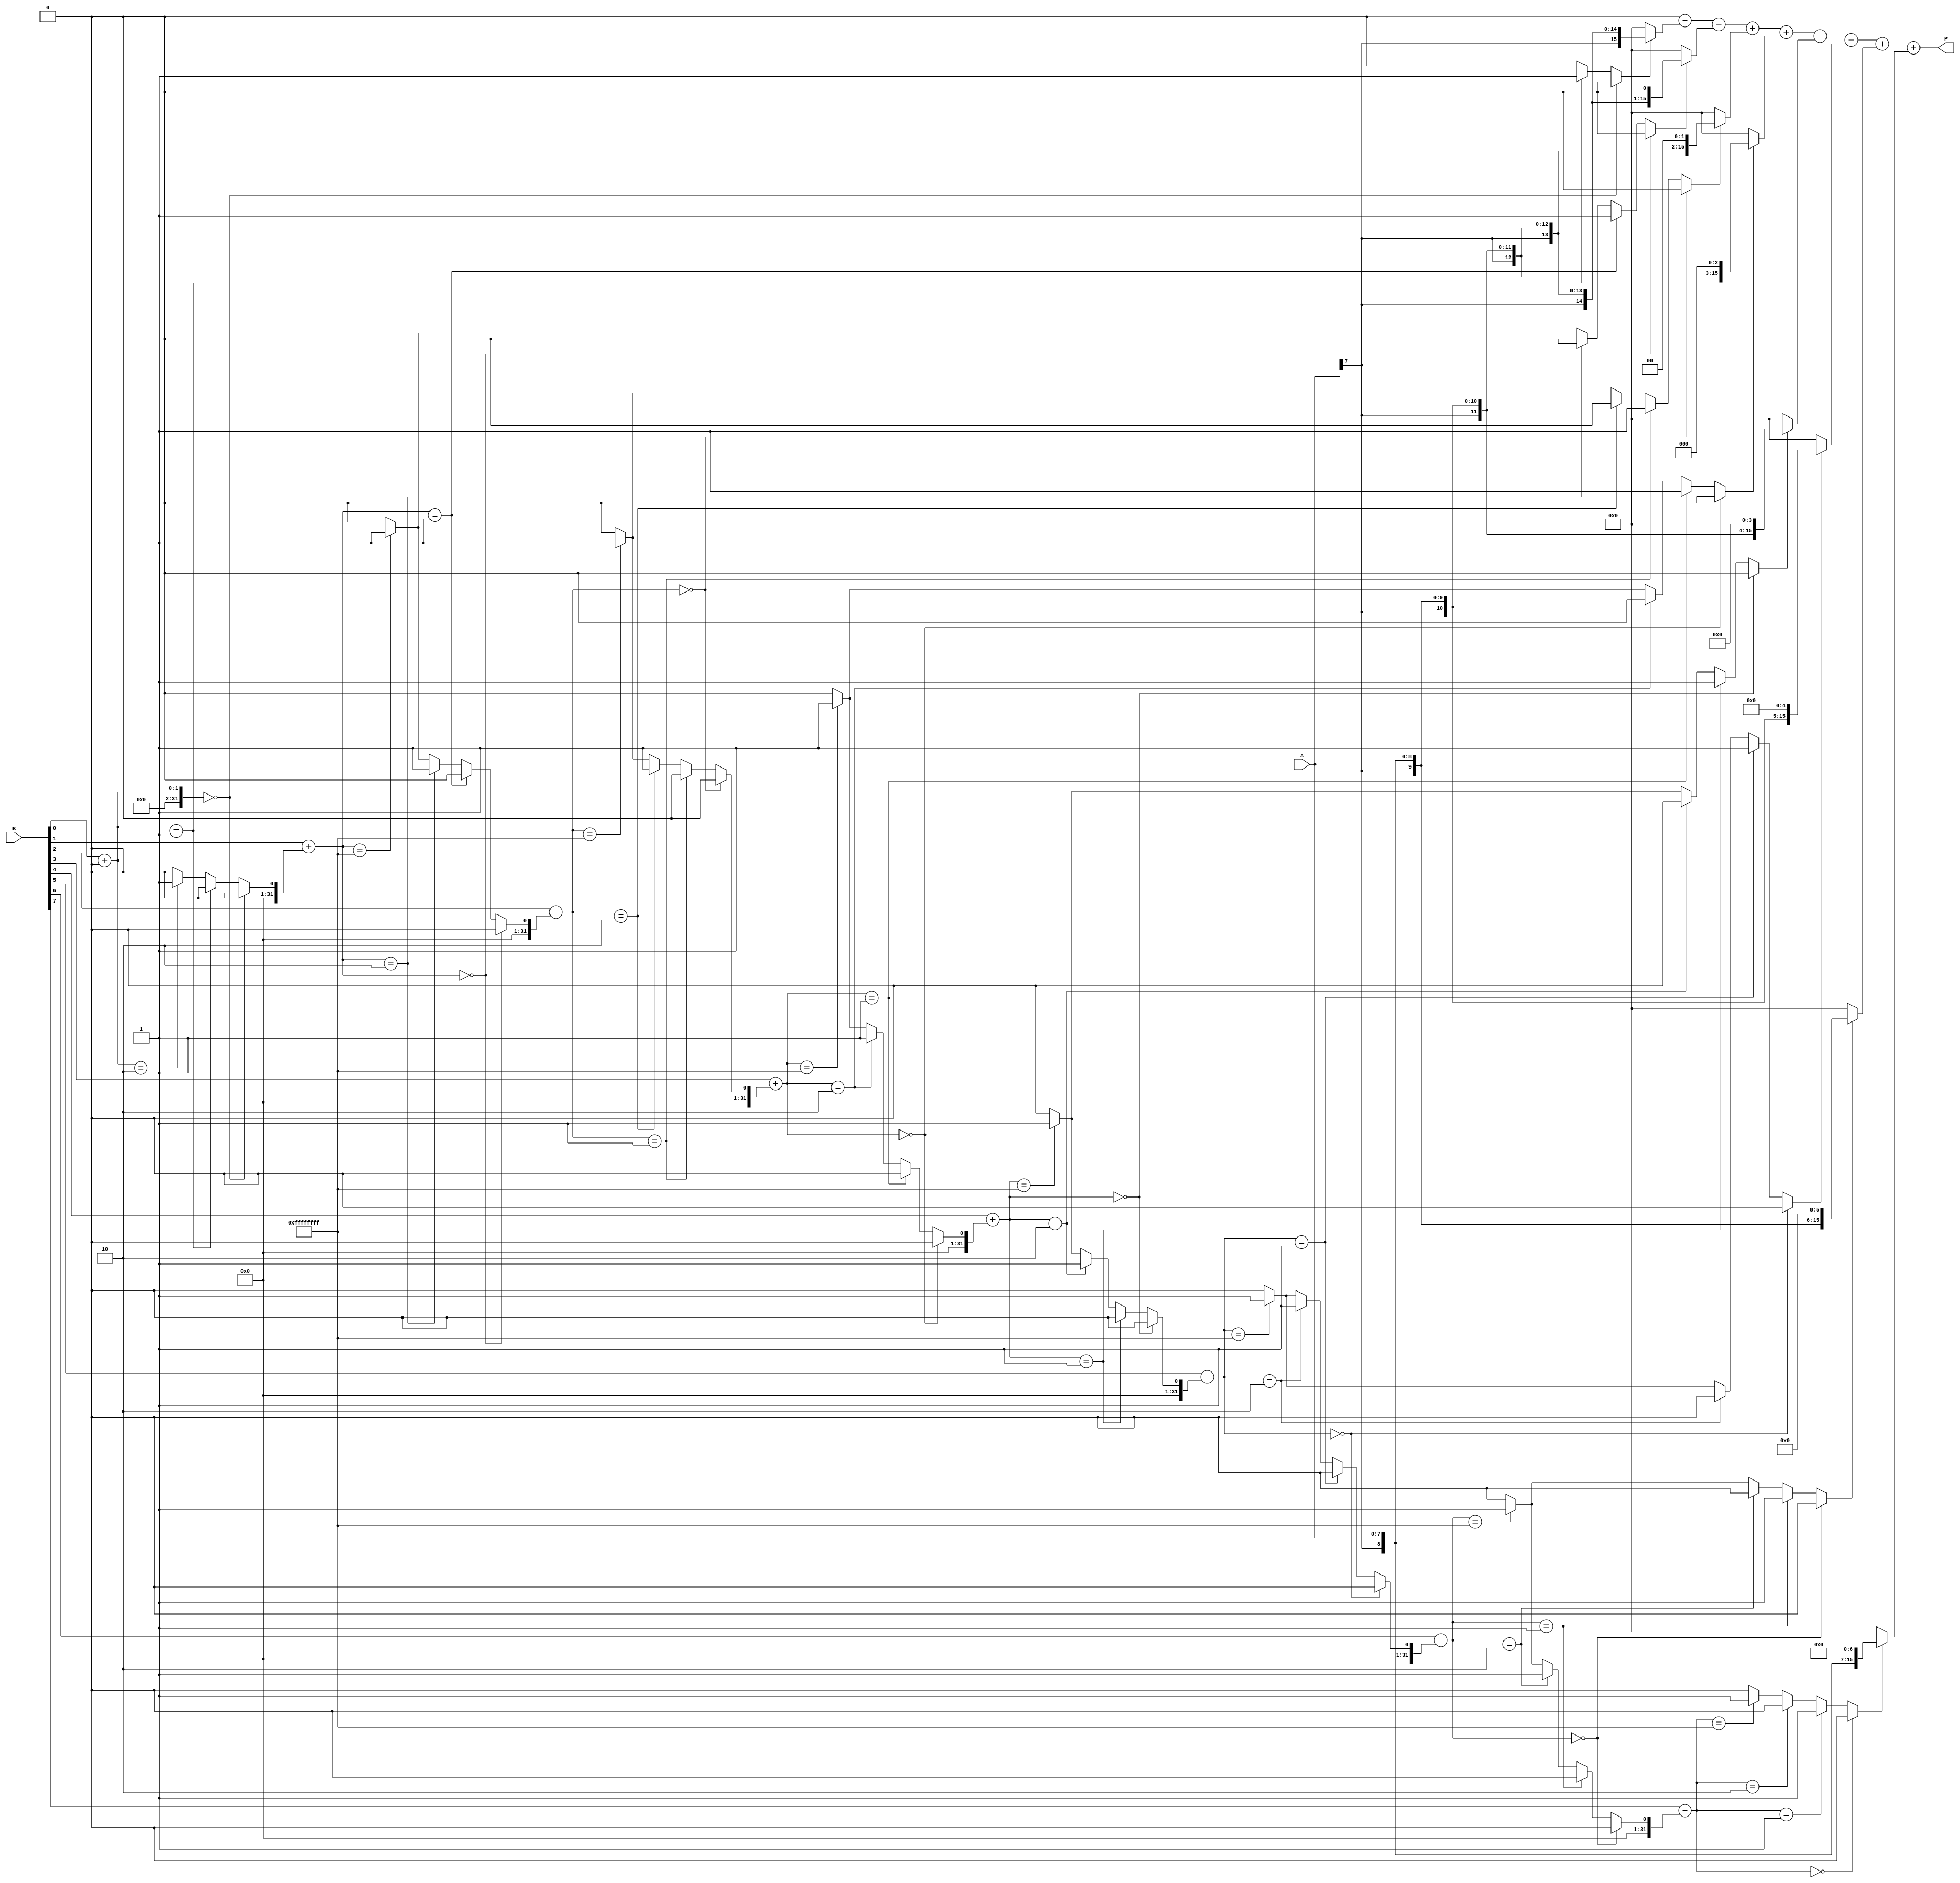
module csd_multiplier #(
    parameter N = 8  // Size of the operands
)(
    input  signed [N-1:0] A,  // Operand 1
    input  signed [N-1:0] B,  // Operand 2
    output reg signed [2*N-1:0] P // Product
);

    // Function to convert binary to CSD
    function signed [N-1:0] binary_to_csd;
        input signed [N-1:0] bin;
        integer i, carry;
        begin
            carry = 0;
            for (i = 0; i < N; i = i + 1) begin
                // Convert binary to CSD representation
                if (bin[i] + carry == 0) begin
                    binary_to_csd[i] = 0;
                    carry = 0;
                end else if (bin[i] + carry == 1) begin
                    binary_to_csd[i] = 1;
                    carry = 0;
                end else if (bin[i] + carry == 2) begin
                    binary_to_csd[i] = 0;
                    carry = 1; // This represents -1 in CSD, adding 1 to next digit
                end else if (bin[i] + carry == -1) begin
                    binary_to_csd[i] = -1;
                    carry = 1; // This represents +1 in CSD, adding 1 to next digit
                end else begin
                    binary_to_csd[i] = 0; // Should not happen
                    carry = 0;
                end
            end
        end
    endfunction

    // Internal variables
    reg signed [N-1:0] A_csd;
    reg signed [N-1:0] B_csd;
    reg signed [2*N-1:0] partial_products [0:N-1];
    integer j;

    // Convert to CSD representation
    always @(*) begin
        A_csd = binary_to_csd(A);
        B_csd = binary_to_csd(B);
        
        // Initialize partial products
        for (j = 0; j < N; j = j + 1) begin
            partial_products[j] = 0;
        end
        
        // Generate partial products
        for (j = 0; j < N; j = j + 1) begin
            if (B_csd[j] == 1) begin
                partial_products[j] = A << j; // A shifted left by j
            end else if (B_csd[j] == -1) begin
                partial_products[j] = -(A << j); // -A shifted left by j
            end
        end
        
        // Sum all partial products
        P = 0;
        for (j = 0; j < N; j = j + 1) begin
            P = P + partial_products[j];
        end
    end
endmodule